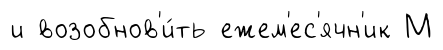
и возобнов'и́ть ежем'ес'ячн'ик М